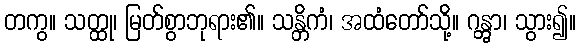
တကွ။ သတ္ထု၊ မြတ်စွာဘုရား၏။ သန္တိကံ၊ အထံတော်သို့။ ဂန္တွာ၊ သွား၍။